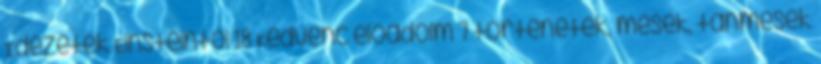
Idézetek Einsteintől 18 Kedvenc előadóim 7 történetek, mesék, tanmesék